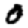
Digit: 0